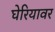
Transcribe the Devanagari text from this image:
घेरियावर